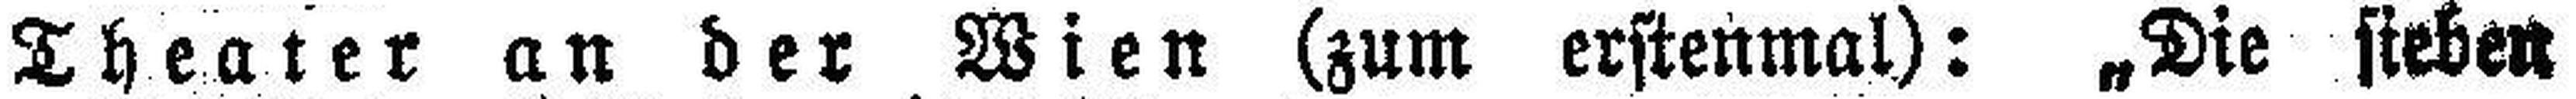
Theater an der Wien (zum erstenmal): „Die sieben